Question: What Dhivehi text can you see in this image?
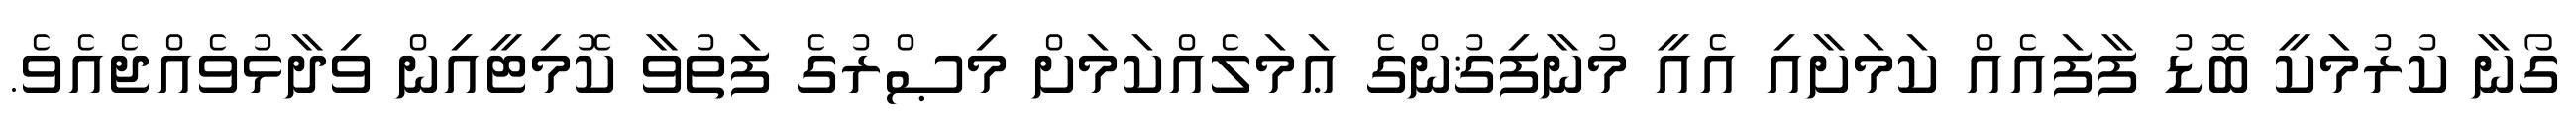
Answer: ގޯނާ ކުރުމަކީ ބޮޑު ފާފައެއް ކަމަށާއި އެއީ މުނާފިޤުންގެ ޢަމަލެއްކަމަށް މިޞްރުގެ ފަތުވާ ކޮމިޓީއިން ވިދާޅުވެއްޖެއެވެ.